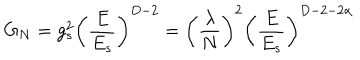
G _ { N } = g _ { s } ^ { 2 } \left( { \frac { E } { E _ { s } } } \right) ^ { D - 2 } = \left( { \frac { \lambda } { N } } \right) ^ { 2 } \left( { \frac { E } { E _ { s } } } \right) ^ { D - 2 - 2 \alpha }